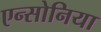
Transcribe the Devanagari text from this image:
एन्सोनिया